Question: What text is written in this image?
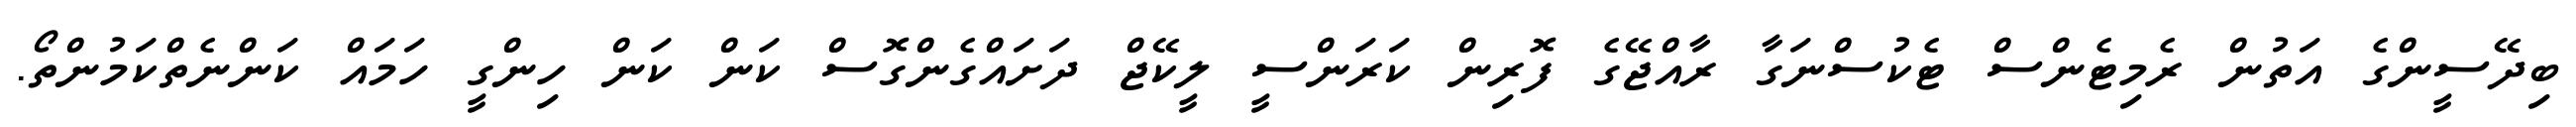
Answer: ބިދޭސީންގެ އަތުން ރެމިޓެންސް ޓެކުސްނަގާ ރާއްޖޭގެ ފޮރިން ކަރަންސީ ލީކޭޖް ދަށައްގެންގޮސް ކަން ކަން ހިންގީ ހަމައް ކަންނެތްކަމުންތޯ.